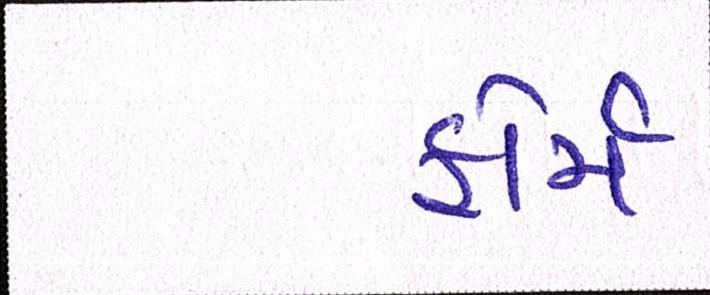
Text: ફોર્મ